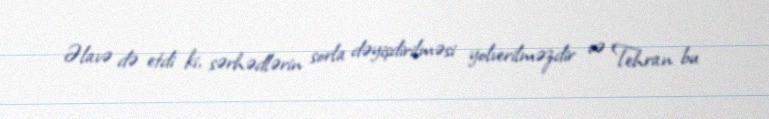
Əlavə də etdi ki, sərhədlərin sorla dəyişdirilməsi yolverilməzdir və Tehran bu